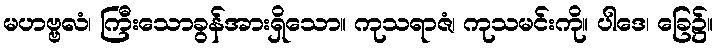
မဟဗ္ဗလံ၊ ကြီးသောခွန်အားရှိသော။ ကုသရာဇံ၊ ကုသမင်းကို။ ပါဒေ၊ ခြေ၌။